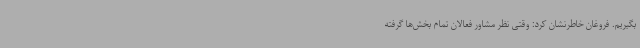
بگیریم. فروغان خاطرنشان کرد: وقتی نظر مشاور فعالان تمام بخش‌ها گرفته